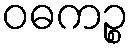
ဝဓကဉ္စ